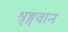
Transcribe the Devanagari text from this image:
श्रृङ्गवान